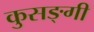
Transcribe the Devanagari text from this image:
कुसङ्गी